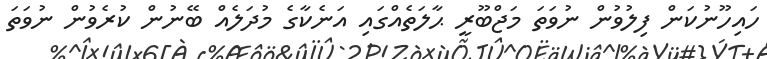
ހައިހޫނުކަން ފިލުވުން ނުވަތަ މަޖްބޫރީ ޙާލަތެއްގައި އަނެކާގެ މުދަލެއް ބޭނުން ކުރެވުން ނުވަތަ